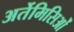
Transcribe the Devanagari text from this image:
अर्तेमिसिओं